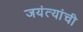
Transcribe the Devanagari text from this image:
जयंत्यांची